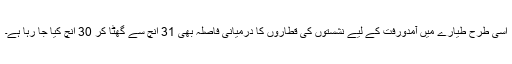
اسی طرح طیارے میں آمدورفت کے لیے نشستوں کی قطاروں کا درمیانی فاصلہ بھی 31 انچ سے گھٹا کر 30 انچ کیا جا رہا ہے۔